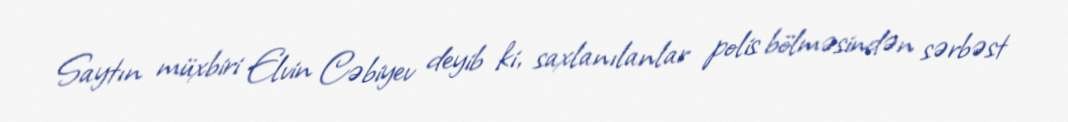
Saytın müxbiri Elvin Cəbiyev deyib ki, saxlanılanlar polis bölməsindən sərbəst